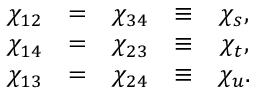
\begin{array} { r c l r c l } { { \chi _ { 1 2 } } } & { { = } } & { { \chi _ { 3 4 } } } & { { \equiv } } & { { \chi _ { s } , } } \\ { { \chi _ { 1 4 } } } & { { = } } & { { \chi _ { 2 3 } } } & { { \equiv } } & { { \chi _ { t } , } } \\ { { \chi _ { 1 3 } } } & { { = } } & { { \chi _ { 2 4 } } } & { { \equiv } } & { { \chi _ { u } . } } \end{array}